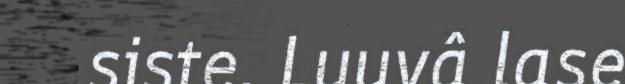
siste. Luuvâ lase